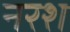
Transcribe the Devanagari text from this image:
नरश